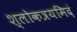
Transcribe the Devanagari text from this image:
श्लोकत्रयमिदं